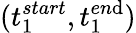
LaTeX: (t_{1}^{start},t_{1}^{en\mathrm{d}})